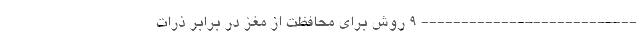
--------------------------- 9 روش برای محافظت از مغز در برابر ذرات